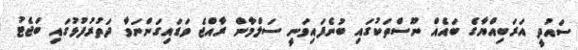
ސައުދީ އަރަބިއްޔާގެ ބައެއް ނޫސްތަކުގައި ބުނެފައިވަނީ ސަލްމާން ރާއްޖެ ވަޑައިގަންނަވާ ދަތުރުފުޅުގައި ބަޖެޓު